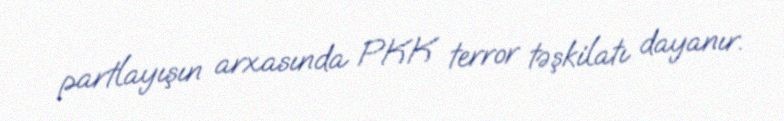
partlayışın arxasında PKK terror təşkilatı dayanır.